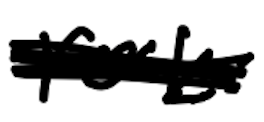
Text: rock
Cross-out: scratch
Writing tool: digital_black